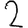
Digit: 2